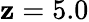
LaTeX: \mathbf{z}=5.0